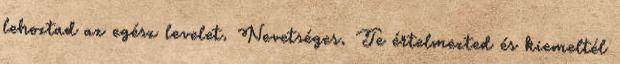
lehoztad az egész levelet. Nevetséges. Te értelmezted és kiemeltél